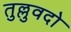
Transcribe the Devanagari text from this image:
तुल्लुवदो